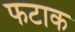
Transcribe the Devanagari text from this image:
फटाक